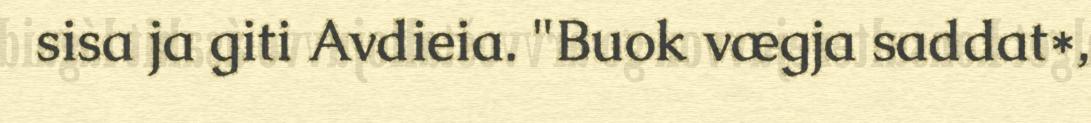
sisa ja giti Avdieia. "Buok vægja saddat*,